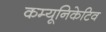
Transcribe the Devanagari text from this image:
कम्यूनिकेटिव